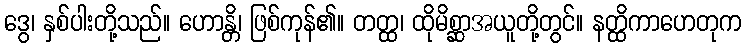
ဒွေ၊ နှစ်ပါးတို့သည်။ ဟောန္တိ၊ ဖြစ်ကုန်၏။ တတ္ထ၊ ထိုမိစ္ဆာအယူတို့တွင်။ နတ္ထိကာဟေတုက